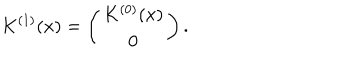
K ^ { ( 1 ) } ( x ) = \left( \begin{array} { c } { { K ^ { ( 0 ) } ( x ) } } \\ { { 0 } } \\ \end{array} \right) .